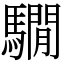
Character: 𩦂